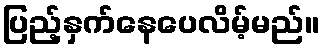
ပြည့်နှက်နေပေလိမ့်မည်။